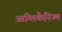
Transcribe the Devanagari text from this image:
आंग्लिकैनिज्म